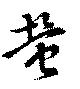
螢